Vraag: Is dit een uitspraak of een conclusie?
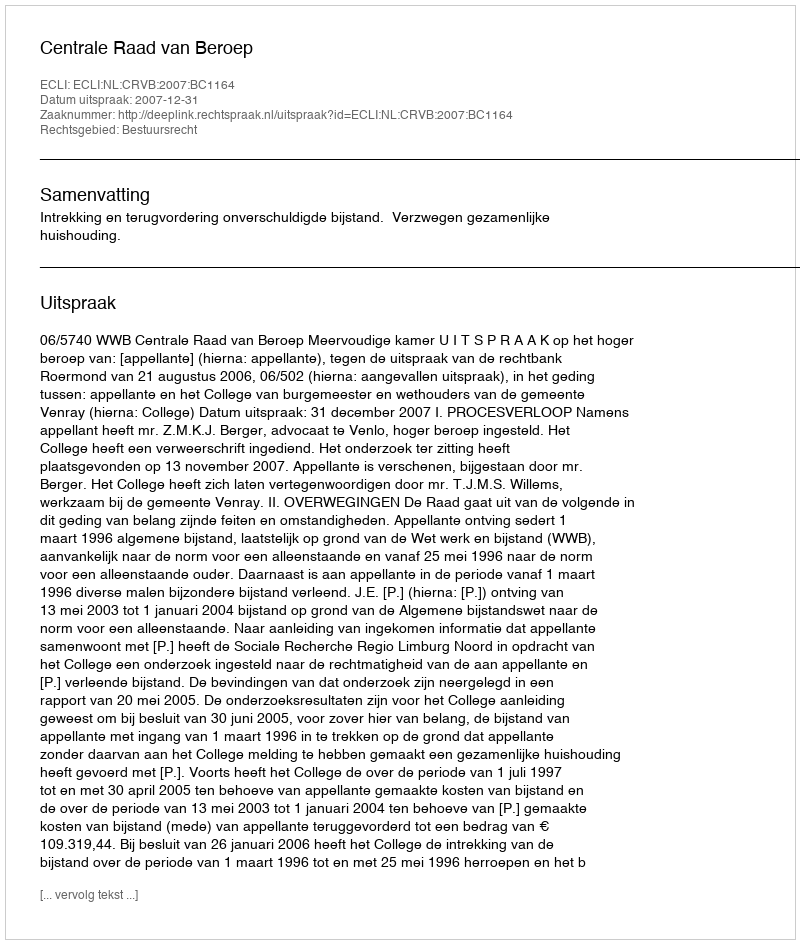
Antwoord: Uitspraak